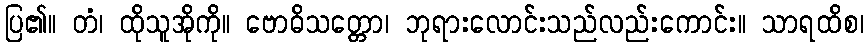
ပြ၏။ တံ၊ ထိုသူအိုကို။ ဗောဓိသတ္တော၊ ဘုရားလောင်းသည်လည်းကောင်း။ သာရထိစ၊